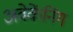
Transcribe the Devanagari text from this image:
अवेकेंनिंग